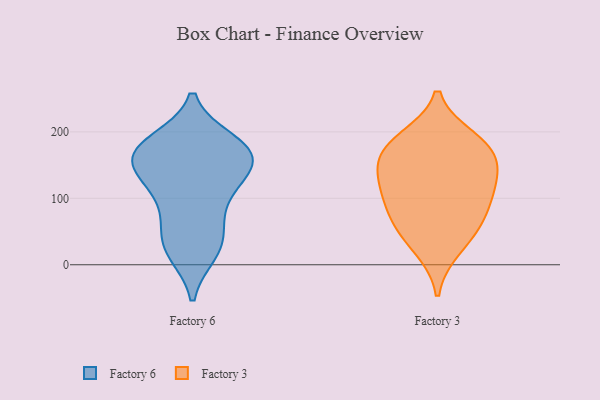
{"axis": {"x": "Inventory Turnover", "y": "Value"}, "legend": ["Factory 3", "Factory 6"], "data": [{"x": "", "y": 36, "type": "Factory 6"}, {"x": "", "y": 131, "type": "Factory 6"}, {"x": "", "y": 47, "type": "Factory 6"}, {"x": "", "y": 169, "type": "Factory 6"}, {"x": "", "y": 142, "type": "Factory 6"}, {"x": "", "y": 181, "type": "Factory 6"}, {"x": "", "y": 85, "type": "Factory 6"}, {"x": "", "y": 21, "type": "Factory 6"}, {"x": "", "y": 185, "type": "Factory 6"}, {"x": "", "y": 174, "type": "Factory 6"}, {"x": "", "y": 162, "type": "Factory 6"}, {"x": "", "y": 96, "type": "Factory 6"}, {"x": "", "y": 153, "type": "Factory 6"}, {"x": "", "y": 171, "type": "Factory 6"}, {"x": "", "y": 19, "type": "Factory 6"}, {"x": "", "y": 125, "type": "Factory 6"}, {"x": "", "y": 164, "type": "Factory 3"}, {"x": "", "y": 170, "type": "Factory 3"}, {"x": "", "y": 125, "type": "Factory 3"}, {"x": "", "y": 70, "type": "Factory 3"}, {"x": "", "y": 189, "type": "Factory 3"}, {"x": "", "y": 123, "type": "Factory 3"}, {"x": "", "y": 119, "type": "Factory 3"}, {"x": "", "y": 178, "type": "Factory 3"}, {"x": "", "y": 54, "type": "Factory 3"}, {"x": "", "y": 25, "type": "Factory 3"}, {"x": "", "y": 83, "type": "Factory 3"}]}